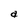
Character: a